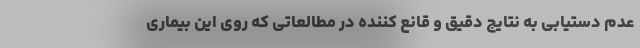
عدم دستیابی به نتایج دقیق و قانع کننده در مطالعاتی که روی این بیماری